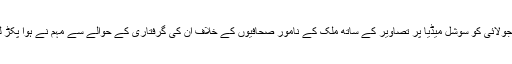
4 جولائی کو سوشل میڈیا پر تصاویر کے ساتھ ملک کے نامور صحافیوں کے خلاف ان کی گرفتاری کے حوالے سے مہم نے ہوا پکڑ لی۔